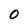
Character: 0